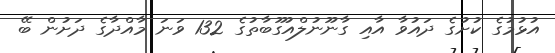
އުޅުމުގެ ކުށުގެ ދައުވާ އާއި ގާނޫނުލްއުގޫބާތުގެ 132 ވަނަ މާއްދާގެ ދަށުން ބޭ